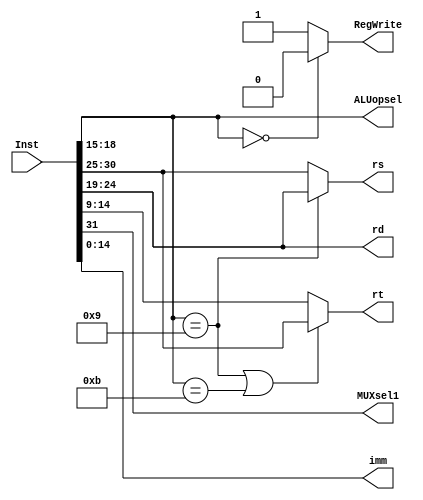
`timescale 1ns / 1ps
//////////////////////////////////////////////////////////////////////////////////
// Company: 
// Engineer: 
// 
// Design Name: 
// Module Name: Controller
// Project Name: 
// Target Devices: 
// Tool Versions: 
// Description: 
// 
// Dependencies: 
// 
// Revision:
// Revision 0.01 - File Created
// Additional Comments:
// 
//////////////////////////////////////////////////////////////////////////////////


module Controller(
    input [31:0] Inst,
    output [3:0] ALUopsel,  // function
    output MUXsel1,         // ri
    output RegWrite,        // WE1 low only if NOP
    output [5:0] rs,          
    output [5:0] rd,
    output [5:0] rt,    
    output [14:0] imm       // rt + imm    
);
    assign MUXsel1 = Inst[31];
    assign ALUopsel = Inst[18 -: 4];
    assign rd = Inst[24 -: 6];
    assign rs = (ALUopsel == 4'b1001) ?  Inst[24 -: 6] : Inst[30 -: 6];
    assign rt = (ALUopsel == 4'b1001) || (ALUopsel == 4'b1011) ?  Inst[30 -: 6] : Inst[14 -: 6];
    assign imm = Inst[14 -: 15];

    assign RegWrite = (ALUopsel == 4'b0000) ? 0 : 1;     

endmodule